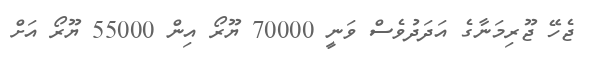
ޖެހޭ ޖޫރިމަނާގެ އަދަދުވެސް ވަނީ 70000 ޔޫރޯ އިން 55000 ޔޫރޯ އަށް